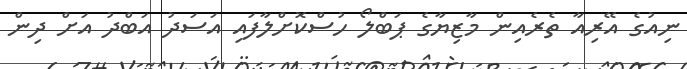
ނިއުގެ އޭރިއާ ތެރެއިން މާޒިޔާގެ ޕަބްލޯ ހުސްކޮށްލާފައި އަސަދު އަބްދު އަށް ދިން